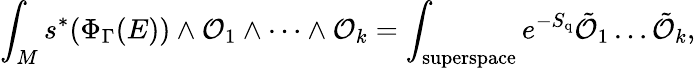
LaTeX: \int_{M}s^{*}(\Phi_{\Gamma}(E))\wedge{\cal O}_{1}\wedge\dots\wedge{\cal O}_{k}=\int_{\mathrm{superspace}}e^{-S_{\mathrm{q}}}\tilde{{\cal O}}_{1}\dots\tilde{{\cal O}}_{k},